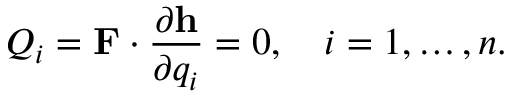
Q _ { i } = \mathbf { F } \cdot { \frac { \partial \mathbf { h } } { \partial q _ { i } } } = 0 , \quad i = 1 , \ldots , n .